Report on horse surra - Volume II, Part II
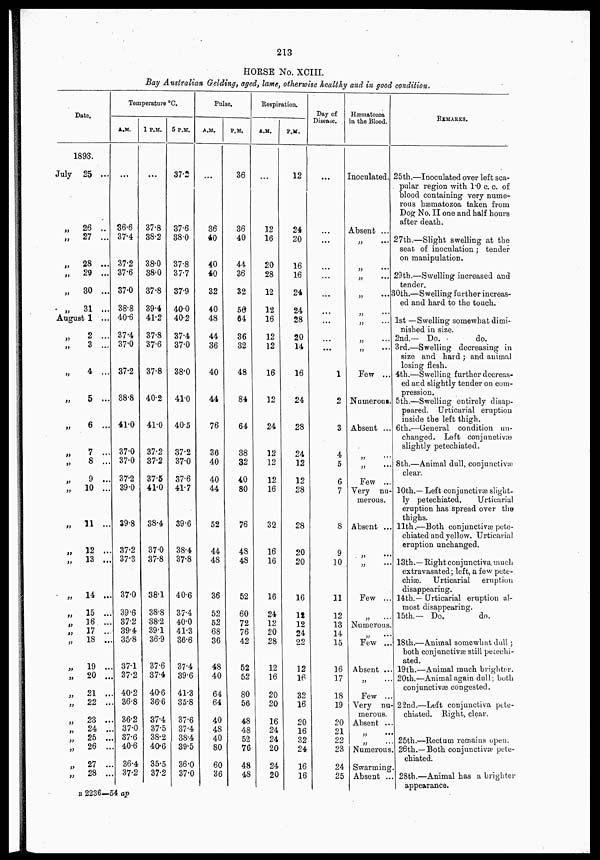
213
HORSE No. XCIII.
Bay Australian Gelding, aged, lame, otherwise healthy and in good condition.
Date.
1893.
July 25 ...
„
26 ..
„
27 ...
„
28 ...
„
29 ...
„
30 ...
„
31 ...
August 1 ...
„
2 ...
„
3 ...
„
4 ...
„
5 ...
..
6 ...
„
7 ...
„
8 ...
„ 9 ...
„
10 ...
„
11 ...
„
12 ...
„
13 ...
„
14 ...
„
15 ...
„
16 ...
„
17 ...
„
18 ...
„
19 ...
„
20 ...
„
21 ...
„
22 ...
„
23
„
24 ...
„
25 ...
„
26 ...
„
27 ...
„
28 ...
Temperature °C.
A.M.
...
36.6
37.4
37.2
37.6
37.0
38.8
40.6
37.4
37.0
37.2
38.8
41.0
37.0
37.0
37.2
39.0
39.8
37.2
37.3
37.0
39.6
37.2
39.4
35.8
37.1
37.2
40.2
36.8
36.2
37.0
37.6
40.6
36.4
37.2
1 P.M.
...
37.8
38.2
38.0
38.0
37.8
39.4
41.2
37.8
37.6
37.8
40.2
41.0
37.2
37.2
37.5
41.0
38.4
37.0
37.8
38.1
38.8
38.2
39.1
36.9
37.6
37.4
40.6
36.6
37.4
37.5
38.2
40.6
35.5
37.2
5 P.M.
37.2
37.6
38.0
37.8
37.7
37.9
40.0
40.2
37.4
37.0
38.0
41.0
40.5
37.2
37.0
37.6
41.7
39.6
38.4
37.8
40.6
37.4
40.0
41.3
36.6
37.4
39.6
41.3
35.8
37.6
37.4
38.4
39.5
36.0
37.0
Pulse.
A.M.
...
36
40
40
40
32
40
48
44
36
40
44
76
36
40
40
44
52
44
48
36
52
52
68
36
48
40
64
64
40
48
40
80
60
36
P.M.
36
36
40
44
36
32
56
64
36
32
48
84
64
38
32
40
80
76
48
48
52
60
72
76
42
52
52
80
56
48
48
52
76
48
48
Respiration.
A.M.
...
12
16
20
28
12
12
16
12
12
16
12
24
12
12
12
16
32
16
16
16
24
12
20
28
12
16
20
20
16
24
24
20
24
20
P.M.
12
24
20
16
16
24
24
28
20
14
16
24
28
24
12
12
28
28
20
20
16
12
12
24
22
12
16
32
16
20
16
32
24
16
16
Day of
Disease.
...
...
...
...
...
...
...
...
...
...
1
2
3
4
5
6
7
8
9
10
11
12
13
14
15
16
17
18
19
20
21
22
23
24
25
Hæmatozoa
in the Blood.
Inoculated.
Absent ...
„ ...
„ ...
„ ...
„
...
„ ...
„ ...
„ ...
„ ...
Few ...
Numerous.
Absent ...
„ ...
„
...
Few ...
Very nu-
merous.
Absent ...
„ ...
„ ...
Few ...
„ ...
Numerous
„ ...
Few ..
Absent ..
„ ...
Few ...
Very nu-
merous.
Absent ...
„ ...
„ ...
Numerous.
Swarming
Absent ...
REMARKS.
25th.—Inoculated over left sca-
pular region with 1.0 c. c. of
blood containing very nume-
rous hæmatozoa taken from
Dog No. II one and half hours
after death.
27th.—Slight swelling at the
seat of inoculation ; tender
on manipulation.
29th.—Swelling increased and
tender.
30th.—Swelling further increas-
ed and hard to the touch.
1st —Swelling somewhat dimi-
nished in size.
2nd.— Do.
do.
3rd.—Swelling decreasing in
size and hard ; and animal
losing flesh.
4th.—Swelling further decreas-
ed and slightly tender on com-
pression.
5th.—Swelling entirely disap-
peared. Urticarial eruption
inside the left thigh.
6th.—General condition un-
changed. Left conjunctivæ
slightly petechiated.
8th.—Animal dull, conjunctivæ
clear.
10th.— Left conjunctivæ slight-
ly petechiated.
Urticarial
eruption has spread over the
thighs.
11th.—Both conjunctivæ pete-
chiated and yellow. Urticarial
eruption unchanged.
13th.—Right conjunctiva, much
extravasated ; left, a few pete-
chiæ. Urticarial
eruption
disappearing.
14th.— Urticarial eruption al-
most disappearing.
15th.— Do.
do.
18th.—Animal somewhat dull ;
both conjunctivæ still petechi-
ated.
19th.—Animal much brighter.
20th.—Animal again dull ; both
conjunctivæ congested.
22nd.—Left conjunctiva pete-
chiated. Right, clear.
25th.—Rectum remains open.
26th.—Both conjunctivæ pete-
chiated.
28th.—Animal has a brighter
appearance.
B 2236—54 ap